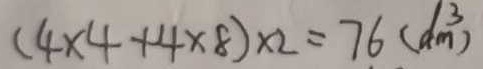
( 4 \times 4 + 4 \times 8 ) \times 2 = 7 6 ( d m ^ { 3 } )